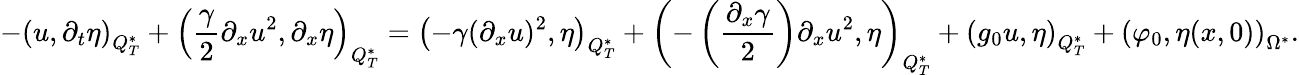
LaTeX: -\left(u,\partial_{t}\eta\right)_{Q_{T}^{*}}+\left(\frac{\gamma}{2}\partial_{x}u^{2},\partial_{x}\eta\right)_{Q_{T}^{*}}=\left(-\gamma(\partial_{x}u)^{2},\eta\right)_{Q_{T}^{*}}+\left(-\left(\frac{\partial_{x}\gamma}{2}\right)\partial_{x}u^{2},\eta\right)_{Q_{T}^{*}}+\left(g_{0}u,\eta\right)_{Q_{T}^{*}}+\left(\varphi_{0},\eta(x,0)\right)_{\Omega^{*}}.